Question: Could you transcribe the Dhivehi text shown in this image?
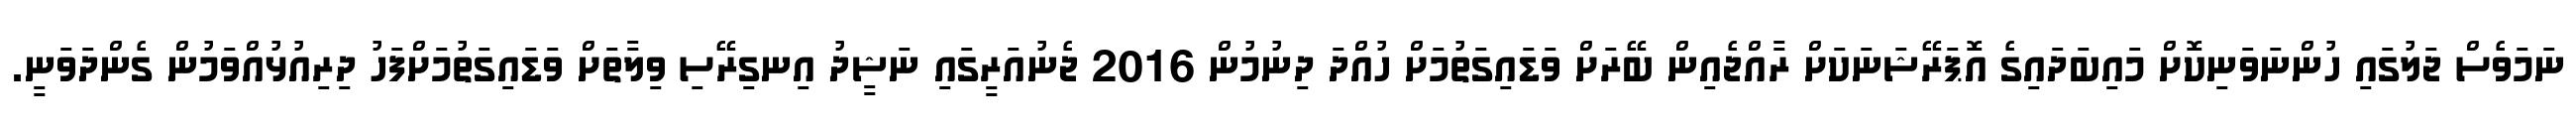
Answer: ނަމަވެސް ޖަލުގައި ހުންނަވަނިކޮށް މައިބަދައިގެ އޮޕަރޭޝަނަކަށް ރާއްޖެއިން ބޭރަށް ވަޑައިގަތުމަށް ހުއްދަ ދިނުމުން 2016 ޖެނުއަރީގައި ނަޝީދު އިނގިރޭސި ވިލާތަށް ވަޑައިގަތުމަށްފަހު ދިރިއުޅުއްވަމުން ގެންދަވަނީ.